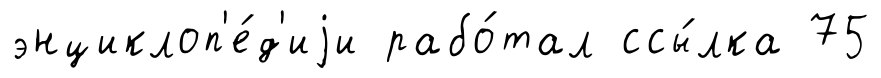
энциклоп'е́д'иjи рабо́тал ссы́лка 75